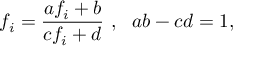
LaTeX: f _ { i } = \frac { a f _ { i } + b } { c f _ { i } + d } ~ , ~ ~ a b - c d = 1 ,